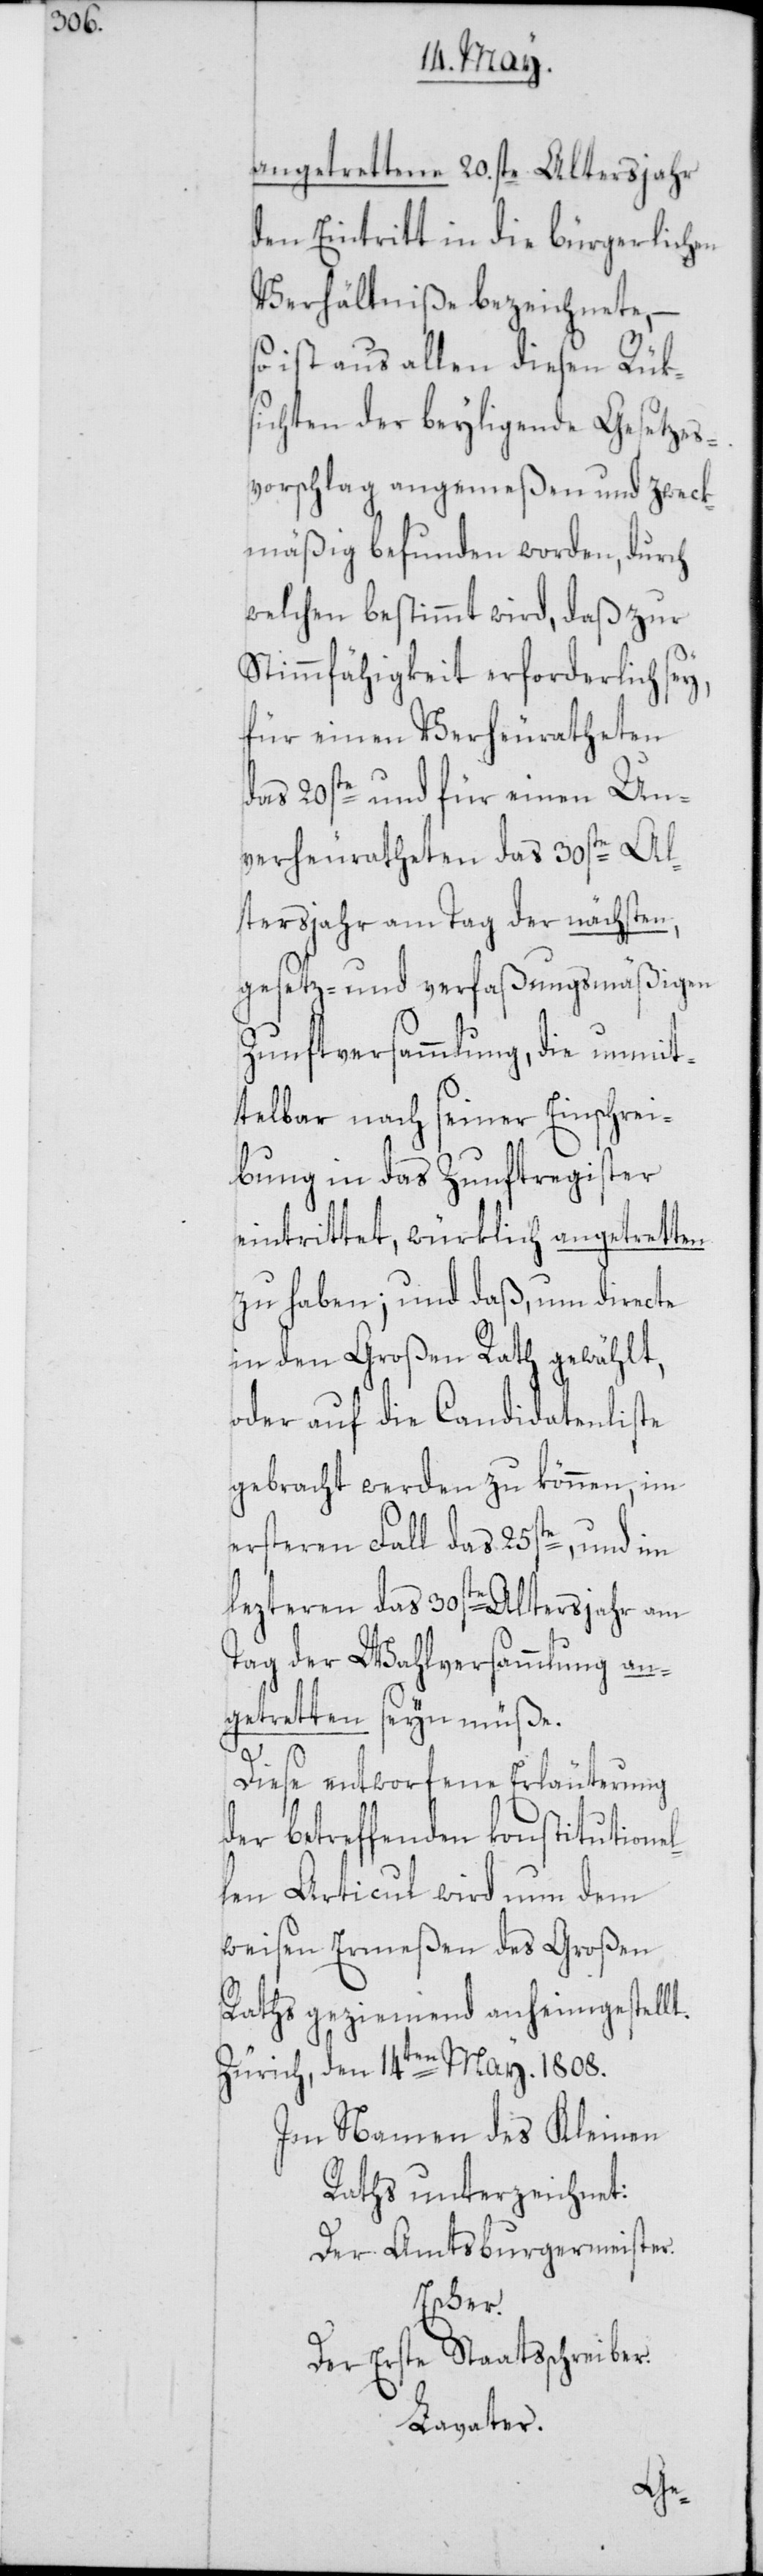
angetrettene 20ste. Altersjahr
den Eintritt in die bürgerlichen
Verhältniße bezeichnete, –
so ist aus allen diesen Rüks¬
ichten der beyligende Gesetzes¬
vorschlag angemeßen und zweck¬
mäßig befunden worden, durch
welchen bestimmt wird, daß zur
Stimmfähigkeit erforderlich sey,
für einen Verheuratheten
das 20ste und für einen Un¬
verheuratheten das 30ste Al¬
tersjahr am Tag der nächsten,
gesetz- und verfaßungsmäßigen
Zunftversammlung, die unmit¬
telbar nach seiner Einschrei¬
bung in das Zunftregister
eintrittet, würklich angetretten
zu haben; und daß, um directe
in den Großen Rath gewählt,
oder auf die Candidatenliste
gebracht werden zu können, im
ersteren Fall das 25ste, und im
lezteren das 30ste Altersjahr am
Tag der Wahlversammlung an¬
getretten seyn müße.
Diese entworfene Erläuterung
der betreffenden konstitutionel¬
len Articul wird nun dem
weisen Ermeßen des Großen
Raths geziemend anheimgestellt.
Zürich, den 14ten May. 1808.
Im Namen des Kleinen
Raths unterzeichnet:
Der Amtsburgermeister.
Escher.
Der Erste Staatsschreiber.
Lavater.